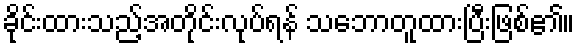
ခိုင်းထားသည့်အတိုင်းလုပ်ရန် သဘောတူထားပြီးဖြစ်၏။